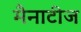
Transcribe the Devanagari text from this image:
मैनाटीज